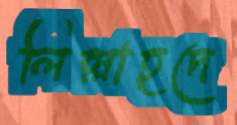
লিল্লাহদে